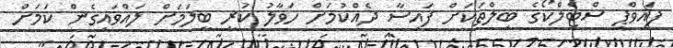
ފައިވްޕީ ސްޓެލްކޯގެ ބިލްތަކަށް ފައިސާ ދެއްކުމަށް ހަވާލު ކުރީ ބީލަމަށް ލައްވައިގެން ކަމަށް